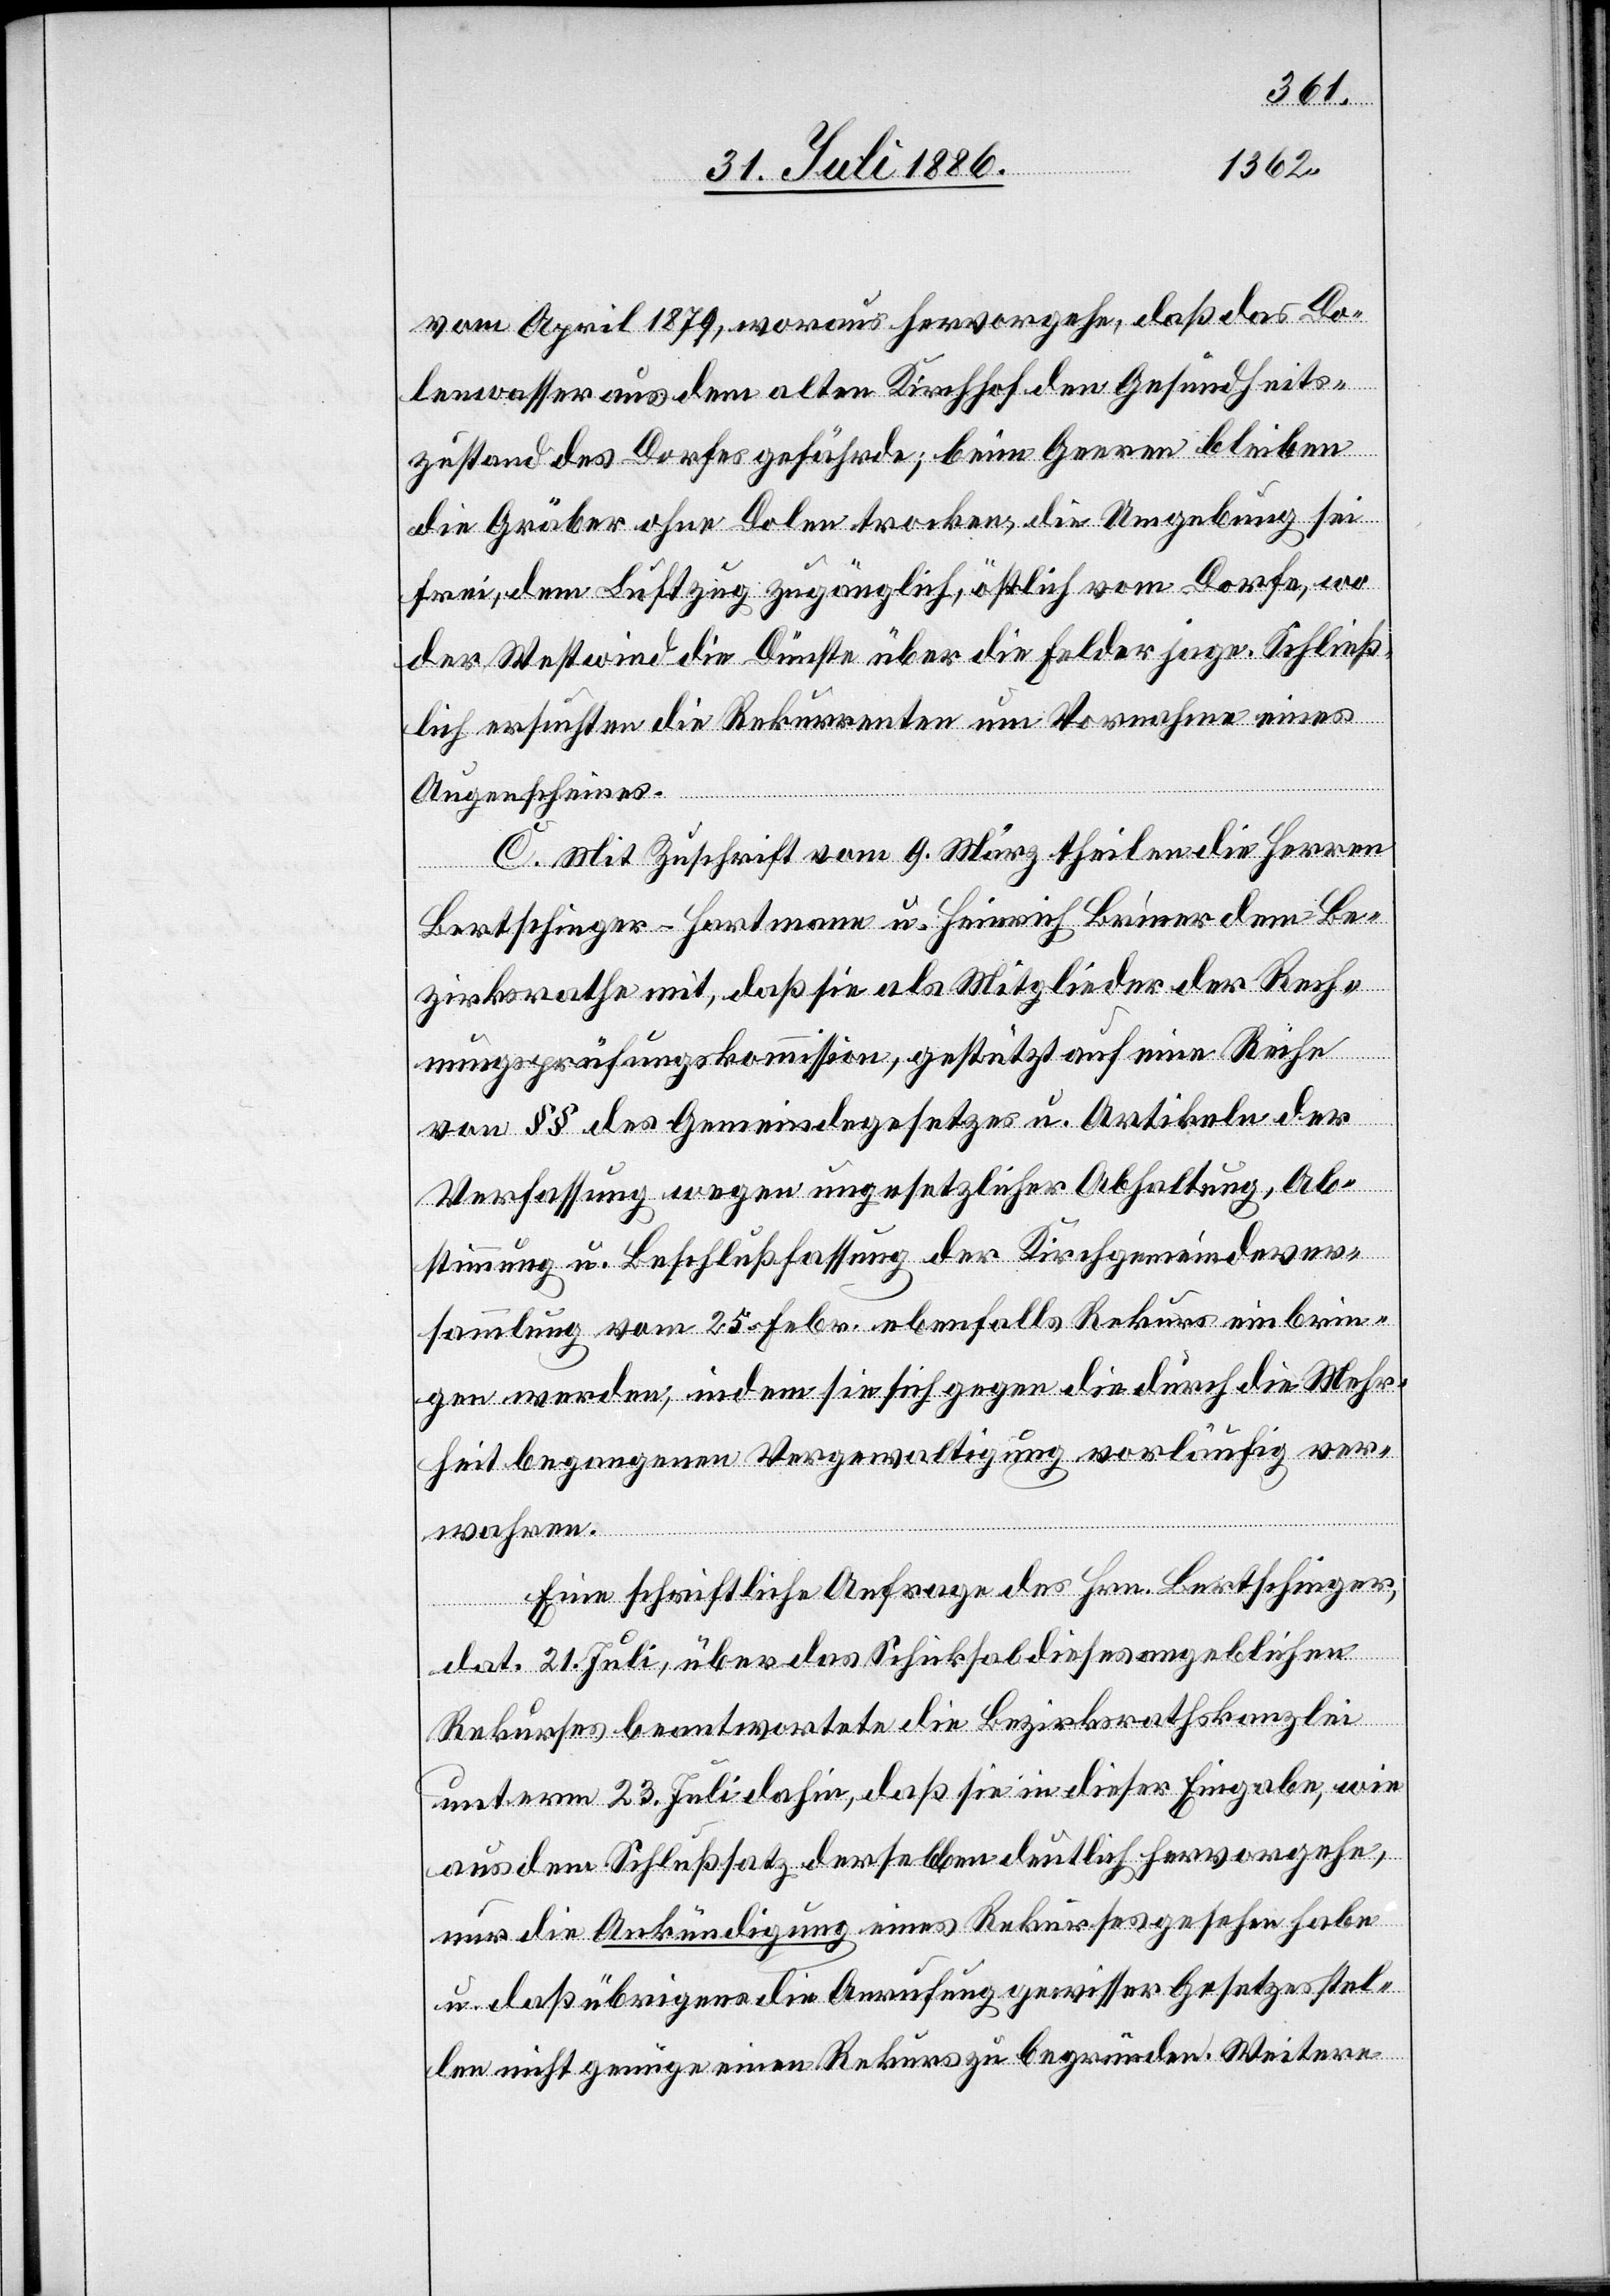
[rec¬
vom April 1879, woraus hervorgehe, daß das Do¬
lenwasser aus dem alten Kirchhof den Gesundheits¬
zustand des Dorfes gefährde; beim Geeren bleiben
die Gräber ohne Dolen trocken, die Umgebung sei
frei, dem Luftzug zugänglich, östlich vom Dorfe, wo
der Westwind die Dünste über die Felder jage. Schließ¬
lich ersuchten die Rekurrenten um Vornahme eines
Augenscheines.
C. Mit Zuschrift vom 9. März theilen die Herren
Bertschinger-Hartmann u. Heinrich Briner dem Be¬
zirksrathe mit, daß sie als Mitglieder der Rech¬
nungsprüfungskommission, gestützt auf eine Reihe
von §§ des Gemeindegesetzes u. Artikeln der
Verfassung wegen ungesetzlicher Abhaltung, Ab¬
stimmung u. Beschlußfassung der Kirchgemeindever¬
sammlung vom 25. Febr. ebenfalls Rekurs einbrin¬
gen werden, indem sie sich gegen die durch die Mehr¬
te: begangene] Vergewaltigung vorläufig ver¬
wahren.
Eine schriftliche Anfrage des Hrn. Bertschinger,
dat. 21. Juli, über das Schicksal dieses angeblichen
Rekurses beantwortete die Bezirksrathskanzlei
unterm 23. Juli dahin, daß sie in dieser Eingabe, wie
aus dem Schlußsatz derselben deutlich hervorgehe,
nur die Ankündigung eines Rekurses gesehen habe
u. daß übrigens die Anrufung gewisser Gesetzesstel¬
len nicht genüge einen Rekurs zu begründen. Weitere